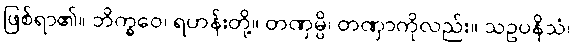
ဖြစ်ရာ၏။ ဘိက္ခဝေ၊ ရဟန်းတို့။ တဏှမ္ပိ၊ တဏှာကိုလည်း။ သဥပနိသံ၊